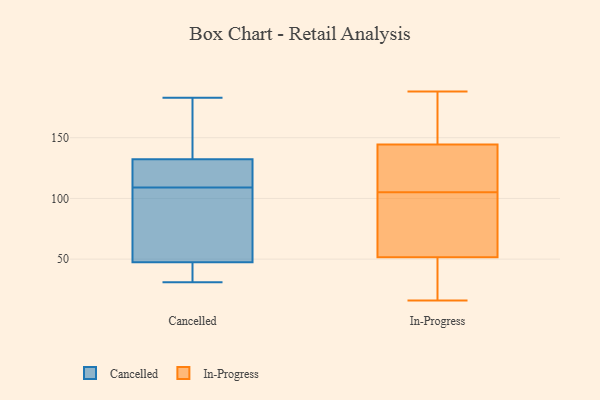
{"axis": {"x": "Backlog", "y": "Value"}, "legend": ["Cancelled", "In-Progress"], "data": [{"x": "", "y": 92, "type": "Cancelled"}, {"x": "", "y": 134, "type": "Cancelled"}, {"x": "", "y": 148, "type": "Cancelled"}, {"x": "", "y": 130, "type": "Cancelled"}, {"x": "", "y": 55, "type": "Cancelled"}, {"x": "", "y": 125, "type": "Cancelled"}, {"x": "", "y": 31, "type": "Cancelled"}, {"x": "", "y": 83, "type": "Cancelled"}, {"x": "", "y": 38, "type": "Cancelled"}, {"x": "", "y": 45, "type": "Cancelled"}, {"x": "", "y": 133, "type": "Cancelled"}, {"x": "", "y": 121, "type": "Cancelled"}, {"x": "", "y": 35, "type": "Cancelled"}, {"x": "", "y": 183, "type": "Cancelled"}, {"x": "", "y": 109, "type": "Cancelled"}, {"x": "", "y": 188, "type": "In-Progress"}, {"x": "", "y": 97, "type": "In-Progress"}, {"x": "", "y": 161, "type": "In-Progress"}, {"x": "", "y": 118, "type": "In-Progress"}, {"x": "", "y": 113, "type": "In-Progress"}, {"x": "", "y": 40, "type": "In-Progress"}, {"x": "", "y": 146, "type": "In-Progress"}, {"x": "", "y": 64, "type": "In-Progress"}, {"x": "", "y": 66, "type": "In-Progress"}, {"x": "", "y": 16, "type": "In-Progress"}, {"x": "", "y": 120, "type": "In-Progress"}, {"x": "", "y": 161, "type": "In-Progress"}, {"x": "", "y": 29, "type": "In-Progress"}, {"x": "", "y": 42, "type": "In-Progress"}, {"x": "", "y": 173, "type": "In-Progress"}, {"x": "", "y": 37, "type": "In-Progress"}, {"x": "", "y": 143, "type": "In-Progress"}, {"x": "", "y": 61, "type": "In-Progress"}, {"x": "", "y": 63, "type": "In-Progress"}, {"x": "", "y": 115, "type": "In-Progress"}]}